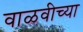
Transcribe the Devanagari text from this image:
वाळवीच्या